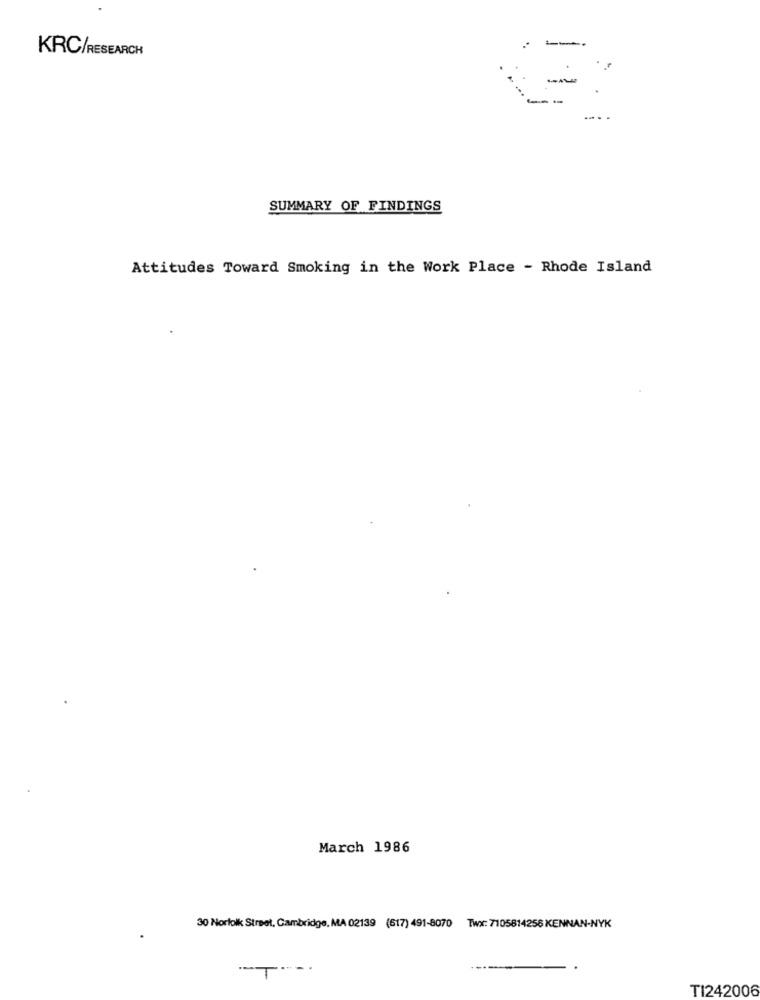
KRC/RESEARCH
SUMMARY OF FINDINGS
Attitudes Toward Smoking in the Work Place - Rhode Island
March 1986
30 Norfolk Street, Cambridge, MA 02139 (617) 491-8070 Twx: 7105814256 KENNAN-NYK
TI242006